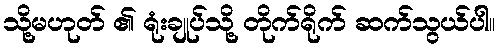
သို့မဟုတ် ၏ ရုံးချုပ်သို့ တိုက်ရိုက် ဆက်သွယ်ပါ။